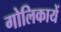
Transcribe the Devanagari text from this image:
गोलिकायें